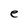
Character: e